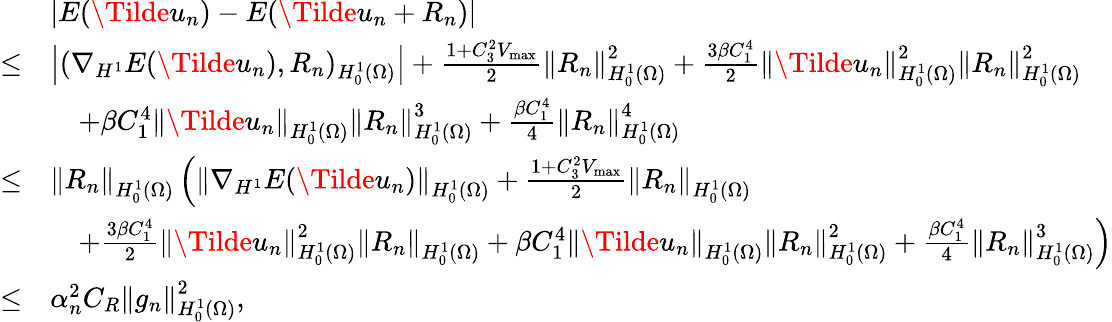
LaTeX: \begin{array}{rl}&{|E(\Tilde{u}_{n})-E(\Tilde{u}_{n}+R_{n})|}\\ {\leq}&{\left|(\nabla_{H^{1}}E(\Tilde{u}_{n}),R_{n})_{H_{0}^{1}(\Omega)}\right|+\frac{1+C_{3}^{2}V_{\operatorname*{max}}}{2}\left\Vert R_{n}\right\Vert_{H_{0}^{1}(\Omega)}^{2}+\frac{3\beta C_{1}^{4}}{2}\left\Vert\Tilde{u}_{n}\right\Vert_{H_{0}^{1}(\Omega)}^{2}\left\Vert R_{n}\right\Vert_{H_{0}^{1}(\Omega)}^{2}}\\ &{\quad+\beta C_{1}^{4}\left\Vert\Tilde{u}_{n}\right\Vert_{H_{0}^{1}(\Omega)}\left\Vert R_{n}\right\Vert_{H_{0}^{1}(\Omega)}^{3}+\frac{\beta C_{1}^{4}}{4}\left\Vert R_{n}\right\Vert_{H_{0}^{1}(\Omega)}^{4}}\\ {\leq}&{\left\Vert R_{n}\right\Vert_{H_{0}^{1}(\Omega)}\left(\left\Vert\nabla_{H^{1}}E(\Tilde{u}_{n})\right\Vert_{H_{0}^{1}(\Omega)}+\frac{1+C_{3}^{2}V_{\operatorname*{max}}}{2}\left\Vert R_{n}\right\Vert_{H_{0}^{1}(\Omega)}\right.}\\ &{\quad\left.+\frac{3\beta C_{1}^{4}}{2}\left\Vert\Tilde{u}_{n}\right\Vert_{H_{0}^{1}(\Omega)}^{2}\left\Vert R_{n}\right\Vert_{H_{0}^{1}(\Omega)}+\beta C_{1}^{4}\left\Vert\Tilde{u}_{n}\right\Vert_{H_{0}^{1}(\Omega)}\left\Vert R_{n}\right\Vert_{H_{0}^{1}(\Omega)}^{2}+\frac{\beta C_{1}^{4}}{4}\left\Vert R_{n}\right\Vert_{H_{0}^{1}(\Omega)}^{3}\right)}\\ {\leq}&{\alpha_{n}^{2}C_{R}\left\Vert g_{n}\right\Vert_{H_{0}^{1}(\Omega)}^{2},}\end{array}